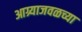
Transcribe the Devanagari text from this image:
आग्र्याजवळच्या